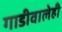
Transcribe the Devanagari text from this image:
गाडीवालेही